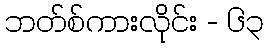
ဘတ်စ်ကားလိုင်း - ၆၃